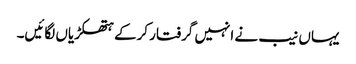
یہاں نیب نے انہیں گرفتار کرکے ہتھکڑیاں لگائیں۔